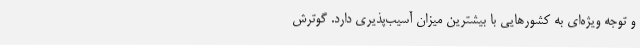
و توجه‌ ویژه‌ای به کشورهایی با بیشترین میزان آسیب‌پذیری دارد. گوترش